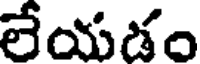
లేయడం